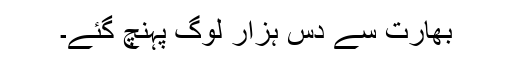
بھارت سے دس ہزار لوگ پہنچ گئے۔